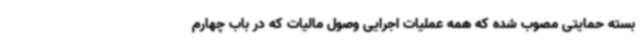
بسته حمایتی مصوب شده که همه عملیات اجرایی وصول مالیات که در باب چهارم